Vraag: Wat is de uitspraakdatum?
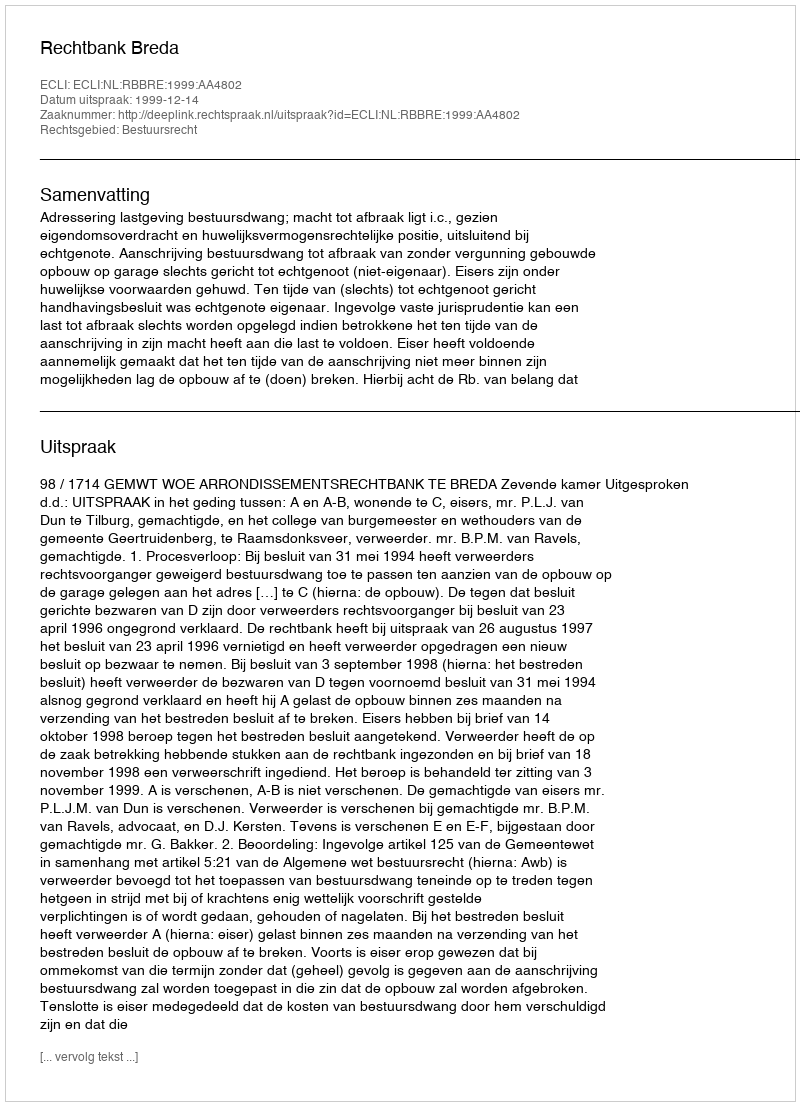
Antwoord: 1999-12-14